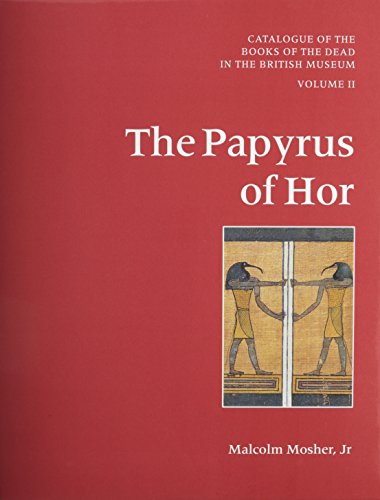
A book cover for Catalogue of the Books of the Dead in the British Museum, Vol. 2: The Papyrus of Hor; Malcolm Mosher; Religion & Spirituality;